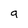
Character: g